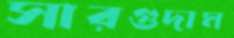
সারগুদাম